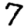
Digit: 7